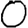
Digit: 0